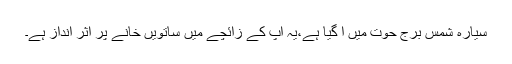
سیارہ شمس برج حوت میں آ گیا ہے،یہ آپ کے زائچے میں ساتویں خانے پر اثر انداز ہے۔